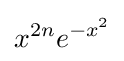
x^{2n}e^{-x^{2}}